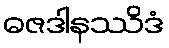
ဓဇဒါနဿိဒံ